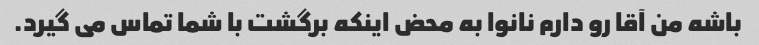
باشه من آقا رو دارم نانوا به محض اینکه برگشت با شما تماس می گیرد.